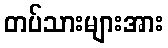
တပ်သားများအား